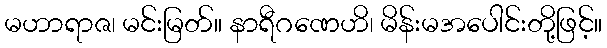
မဟာရာဇ၊ မင်းမြတ်။ နာရီဂဏေဟိ၊ မိန်းမအပေါင်းတို့ဖြင့်။